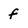
Character: f